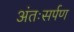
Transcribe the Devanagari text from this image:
अंतःसर्पण